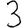
Digit: 3